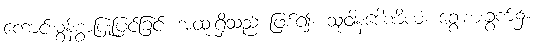
ကောင်းမွန်စွာပြုပြင်ခြင်း အထူးရှိသည် ဖြစ်၍။ သုဝါနဒေါဏိယံ၊ ခွေးစားခွက်၌။